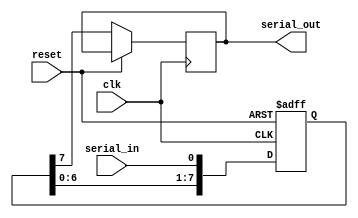
module SISO_shift_register(input clk, input reset, input serial_in, output reg serial_out);
    reg [7:0] data_reg;

    always @(posedge clk or posedge reset)
    begin
        if (reset)
            data_reg <= 8'b0;
        else
        begin
            data_reg <= {data_reg[6:0], serial_in};
            serial_out <= data_reg[7];
        end
    end
endmodule